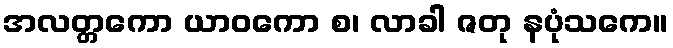
အလတ္တကော ယာဝကော စ၊ လာခါ ဇတု နပုံသကေ။